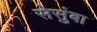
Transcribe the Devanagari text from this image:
सेसुंबा